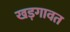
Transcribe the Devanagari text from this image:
खड़गावत